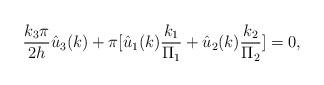
LaTeX: \begin{align*}\frac{k_3\pi}{2h}\hat{u}_3(k)+\pi [\hat{u}_1(k)\frac{k_1}{\Pi_1}+\hat{u}_2(k)\frac{k_2}{\Pi_2}]=0,\end{align*}